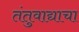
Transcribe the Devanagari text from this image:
तंतुवाद्याचा